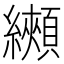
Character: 𦇦